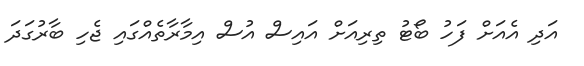
އަދި އެއަށް ފަހު ބޯޓު ތިރިއަށް އައިސް އުސް އިމާރާތެއްގައި ޖެހި ބާރުގަދަ